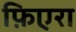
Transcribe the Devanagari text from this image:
फ़िएरा